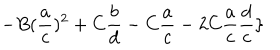
- B ( \frac { a } { c } ) ^ { 2 } + C \frac { b } { d } - C \frac { a } { c } - 2 C \frac { a } { c } \frac { d } { c } \}